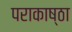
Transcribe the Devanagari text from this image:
पराकाष्‍ठा